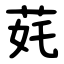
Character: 䒲